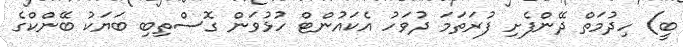
ބީ) ހިދުމަތް ދޭންފެށި ފުރަތަމަ ދުވަހު އެކައުންޓް ހުޅުވަން ގޮސްތިބި ބަޔަކު ބޭންކްގެ